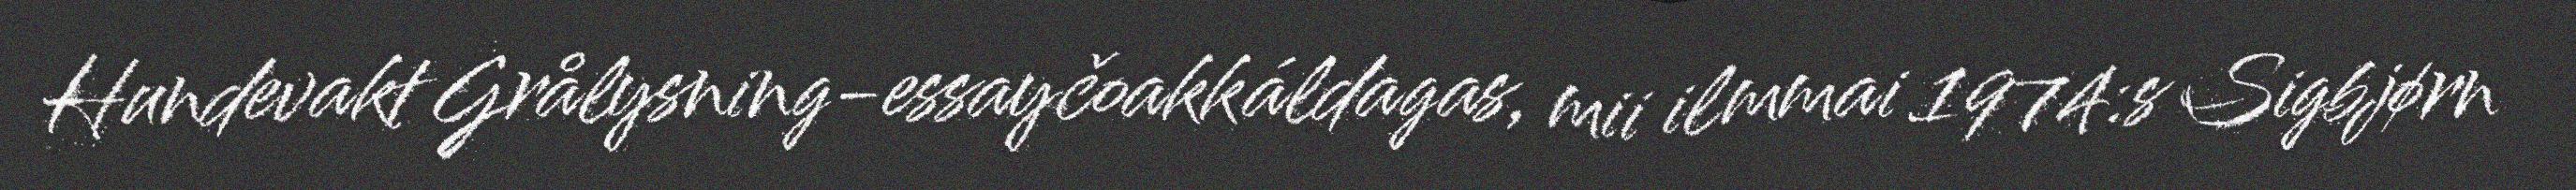
Hundevakt Grålysning-essayčoakkáldagas, mii ilmmai 1974:s Sigbjørn